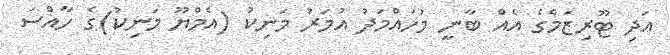
އަދި ޓޫރިޒަމްގެ އެއް ބާނީ މުހައްމަދު އުމަރު މަނިކު (އެމްޔޫ މަނިކު)ގެ ހާއްސަ